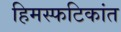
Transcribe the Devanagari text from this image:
हिमस्फटिकांत